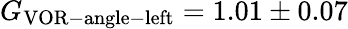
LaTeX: G_{\mathrm{VOR-angle-left}}=1.01\pm 0.07